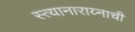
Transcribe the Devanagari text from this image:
स्त्यानाराय्नाची